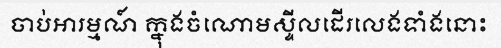
ចាប់អារម្មណ៍ ក្នុងចំណោមស្ទីលដើរលេងទាំងនោះ